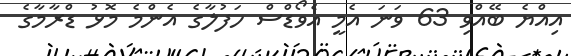
އިއްޔެ ބޭއްވި 63 ވަނަ އެމީ އެވޯޑްސް ހަފުލާގެ އެންމެ މޮޅު ޑްރާމާގެ